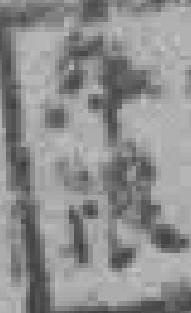
*限